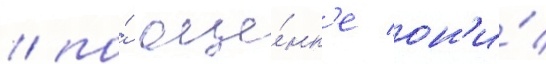
/ по́ оце́нк'е он'и́